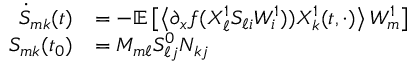
\begin{array} { r l } { \dot { S } _ { m k } ( t ) } & { = - \mathbb { E } \left[ \left\langle \partial _ { x } f ( X _ { \ell } ^ { 1 } S _ { \ell i } W _ { i } ^ { 1 } ) ) X _ { k } ^ { 1 } ( t , \cdot ) \right\rangle W _ { m } ^ { 1 } \right] } \\ { S _ { m k } ( t _ { 0 } ) } & { = M _ { m \ell } S _ { \ell j } ^ { 0 } N _ { k j } } \end{array}